Plague in India, 1896, 1897 - Volume 1
Year: 1896
Disease focus: Plague
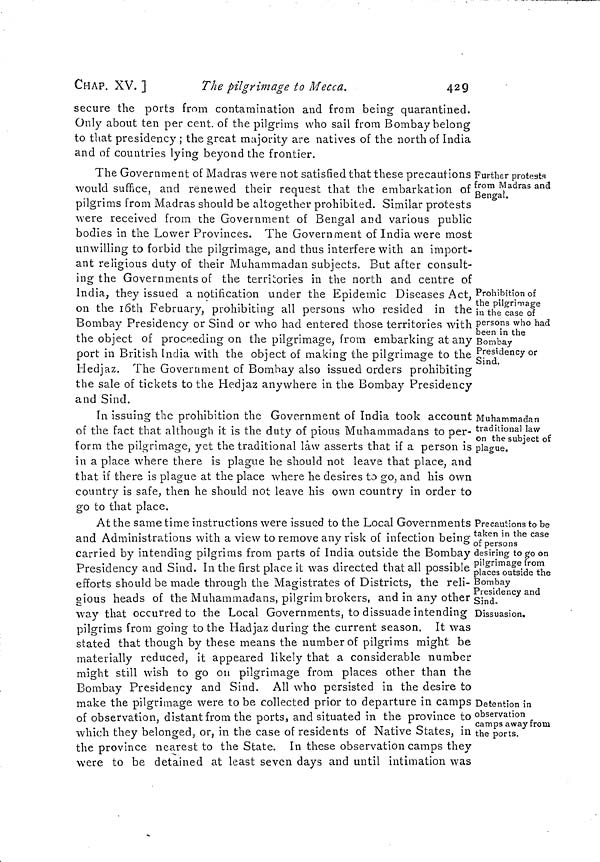
CHAP. XV.]
The pilgrimage to Mecca.
429
secure the ports from contamination and from being quarantined.
Only about ten per cent. of the pilgrims who sail from Bombay belong
to that presidency ; the great majority are natives of the north of India
and of countries lying beyond the frontier.
Further protests
from Madras and
Bengal.
The Government of Madras were not satisfied that these precautions
would suffice, and renewed their request that the embarkation of
pilgrims from Madras should be altogether prohibited. Similar protests
were received from the Government of Bengal and various public
bodies in the Lower Provinces. The Government of India were most
unwilling to forbid the pilgrimage, and thus interfere with an import-
ant religious duty of their Muhammadan subjects. But after consult-
ing the Governments of the territories in the north and centre of
Prohibition of
the pilgrimage
in the case of
persons who had
been in the
Bombay
Presidency or
Sind.
India, they issued a notification under the Epidemic Diseases Act,
on the 16th February, prohibiting all persons who resided in the
Bombay Presidency or Sind or who had entered those territories with
the object of proceeding on the pilgrimage, from embarking at any
port in British India with the object of making the pilgrimage to the
Hedjaz. The Government of Bombay also issued orders prohibiting
the sale of tickets to the Hedjaz anywhere in the Bombay Presidency
and Sind.
Muhammadan
traditional law
on the subject of
plague.
In issuing the prohibition the Government of India took account
of the fact that although it is the duty of pious Muhammadans to per-
form the pilgrimage, yet the traditional law asserts that if a person is
in a place where there is plague he should not leave that place, and
that if there is plague at the place where he desires to go, and his own
country is safe, then he should not leave his own country in order to
go to that place.
Precautions to be
taken in the case
of persons
desiring to go on
pilgrimage from
places outside the
Bombay
Presidency and
Sind.
Dissuasion.
At the same time instructions were issued to the Local Governments
and Administrations with a view to remove any risk of infection being
carried by intending pilgrims from parts of India outside the Bombay
Presidency and Sind. In the first place it was directed that all possible
efforts should be made through the Magistrates of Districts, the reli-
gious heads of the Muhammadans, pilgrim brokers, and in any other
way that occurred to the Local Governments, to dissuade intending
pilgrims from going to the Hadjaz during the current season. It was
stated that though by these means the number of pilgrims might be
materially reduced, it appeared likely that a considerable number
might still wish to go on pilgrimage from places other than the
Bombay Presidency and Sind. All who persisted in the desire to
Detention in
observation
camps away from
the ports.
make the pilgrimage were to be collected prior to departure in camps
of observation, distant from the ports, and situated in the province to
which they belonged, or, in the case of residents of Native States, in
the province nearest to the State. In these observation camps they
were to be detained at least seven days and until intimation was